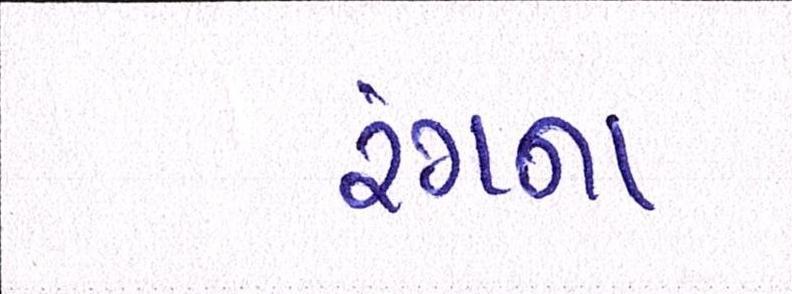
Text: રંગના